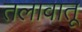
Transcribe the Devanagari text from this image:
तलावातू